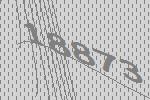
18873